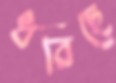
ধরিছে